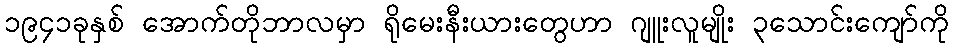
၁၉၄၁ခုနှစ် အောက်တိုဘာလမှာ ရိုမေးနီးယားတွေဟာ ဂျူးလူမျိုး ၃သောင်းကျော်ကို